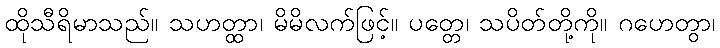
ထိုသီရိမာသည်။ သဟတ္ထာ၊ မိမိလက်ဖြင့်။ ပတ္တေ၊ သပိတ်တို့ကို။ ဂဟေတွာ၊